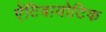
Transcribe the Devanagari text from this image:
एेंटिबायोटिक